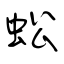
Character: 蚣